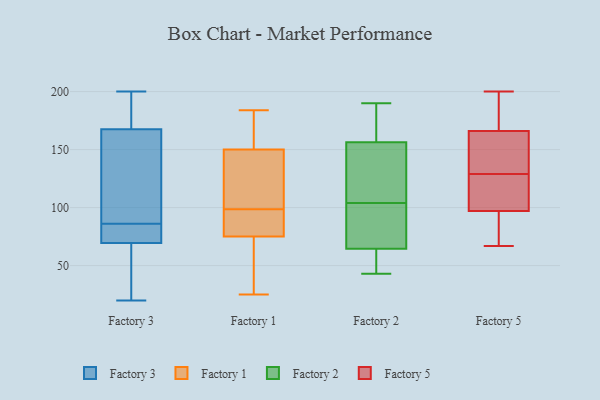
{"axis": {"x": "Churn Rate (%)", "y": "Value"}, "legend": ["Factory 1", "Factory 2", "Factory 3", "Factory 5"], "data": [{"x": "", "y": 46, "type": "Factory 3"}, {"x": "", "y": 181, "type": "Factory 3"}, {"x": "", "y": 86, "type": "Factory 3"}, {"x": "", "y": 92, "type": "Factory 3"}, {"x": "", "y": 85, "type": "Factory 3"}, {"x": "", "y": 137, "type": "Factory 3"}, {"x": "", "y": 151, "type": "Factory 3"}, {"x": "", "y": 200, "type": "Factory 3"}, {"x": "", "y": 195, "type": "Factory 3"}, {"x": "", "y": 72, "type": "Factory 3"}, {"x": "", "y": 74, "type": "Factory 3"}, {"x": "", "y": 36, "type": "Factory 3"}, {"x": "", "y": 62, "type": "Factory 3"}, {"x": "", "y": 20, "type": "Factory 3"}, {"x": "", "y": 78, "type": "Factory 3"}, {"x": "", "y": 192, "type": "Factory 3"}, {"x": "", "y": 163, "type": "Factory 3"}, {"x": "", "y": 150, "type": "Factory 1"}, {"x": "", "y": 110, "type": "Factory 1"}, {"x": "", "y": 25, "type": "Factory 1"}, {"x": "", "y": 81, "type": "Factory 1"}, {"x": "", "y": 95, "type": "Factory 1"}, {"x": "", "y": 179, "type": "Factory 1"}, {"x": "", "y": 47, "type": "Factory 1"}, {"x": "", "y": 75, "type": "Factory 1"}, {"x": "", "y": 127, "type": "Factory 1"}, {"x": "", "y": 80, "type": "Factory 1"}, {"x": "", "y": 178, "type": "Factory 1"}, {"x": "", "y": 184, "type": "Factory 1"}, {"x": "", "y": 94, "type": "Factory 1"}, {"x": "", "y": 74, "type": "Factory 1"}, {"x": "", "y": 129, "type": "Factory 1"}, {"x": "", "y": 41, "type": "Factory 1"}, {"x": "", "y": 102, "type": "Factory 1"}, {"x": "", "y": 183, "type": "Factory 1"}, {"x": "", "y": 45, "type": "Factory 2"}, {"x": "", "y": 104, "type": "Factory 2"}, {"x": "", "y": 174, "type": "Factory 2"}, {"x": "", "y": 142, "type": "Factory 2"}, {"x": "", "y": 190, "type": "Factory 2"}, {"x": "", "y": 63, "type": "Factory 2"}, {"x": "", "y": 80, "type": "Factory 2"}, {"x": "", "y": 161, "type": "Factory 2"}, {"x": "", "y": 43, "type": "Factory 2"}, {"x": "", "y": 122, "type": "Factory 2"}, {"x": "", "y": 69, "type": "Factory 2"}, {"x": "", "y": 79, "type": "Factory 5"}, {"x": "", "y": 200, "type": "Factory 5"}, {"x": "", "y": 67, "type": "Factory 5"}, {"x": "", "y": 95, "type": "Factory 5"}, {"x": "", "y": 117, "type": "Factory 5"}, {"x": "", "y": 141, "type": "Factory 5"}, {"x": "", "y": 187, "type": "Factory 5"}, {"x": "", "y": 107, "type": "Factory 5"}, {"x": "", "y": 180, "type": "Factory 5"}, {"x": "", "y": 152, "type": "Factory 5"}, {"x": "", "y": 142, "type": "Factory 5"}, {"x": "", "y": 99, "type": "Factory 5"}]}